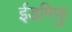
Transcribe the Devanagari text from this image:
ईडगिफु